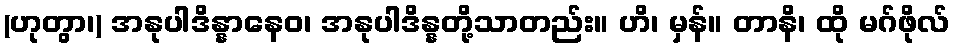
(ဟုတွာ၊) အနုပါဒိန္နာနေဝ၊ အနုပါဒိန္နတို့သာတည်း။ ဟိ၊ မှန်။ တာနိ၊ ထို မဂ်ဖိုလ်